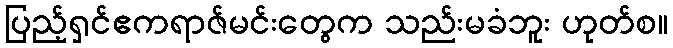
ပြည့်ရှင်ဧကရာဇ်မင်းတွေက သည်းမခံဘူး ဟုတ်စ။